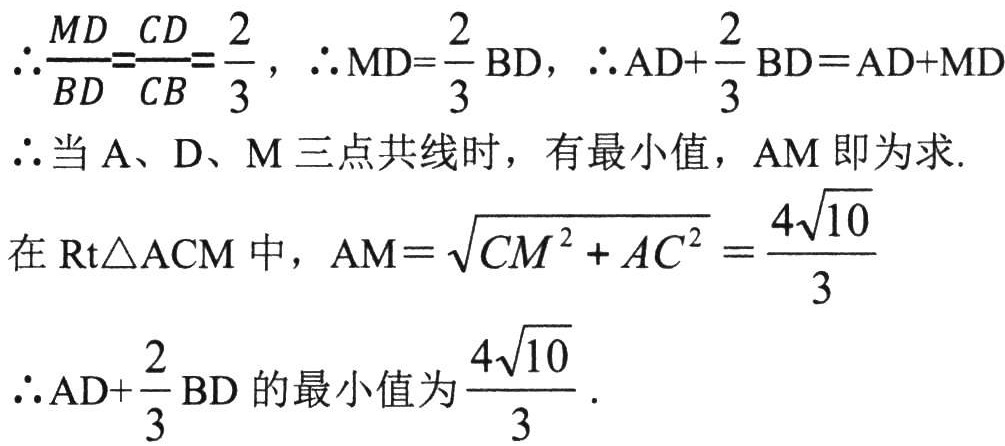
\(\therefore \frac{MD}{BD}=\frac{CD}{CB}=\frac{2}{3}, \therefore MD = \frac{2}{3}BD, \therefore AD+\frac{2}{3}BD = AD + MD\)
\(\therefore\)当\(A、D、M\)三点共线时，有最小值，\(AM\)即为求.
在\(Rt\triangle ACM\)中，\(AM = \sqrt{CM^{2}+AC^{2}}=\frac{4\sqrt{10}}{3}\)
\(\therefore AD+\frac{2}{3}BD\)的最小值为\(\frac{4\sqrt{10}}{3}\).